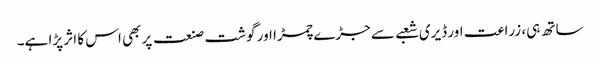
ساتھ ہی، زراعت اور ڈیری شعبے سے جڑے چمڑا اور گوشت صنعت پر بھی اس کا اثر پڑا ہے۔